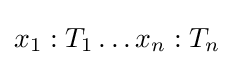
x_{1}:T_{1}\dots x_{n}:T_{n}